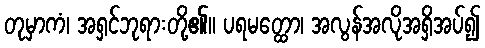
တုမှာကံ၊ အရှင်ဘုရားတို့၏။ ပရမတ္ထော၊ အလွန်အလိုအရှိအပ်၍